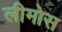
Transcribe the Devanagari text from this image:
लीमोस